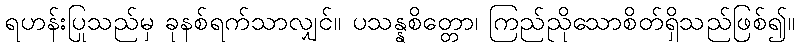
ရဟန်းပြုသည်မှ ခုနစ်ရက်သာလျှင်။ ပသန္နစိတ္တော၊ ကြည်ညိုသောစိတ်ရှိသည်ဖြစ်၍။